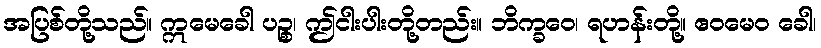
အပြစ်တို့သည်။ ဣမေခေါ ပဉ္စ၊ ဤငါးပါးတို့တည်း။ ဘိက္ခဝေ၊ ရဟန်းတို့။ ဧဝမေဝ ခေါ၊